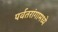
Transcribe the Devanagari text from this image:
पर्वतरांगामध्ये